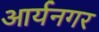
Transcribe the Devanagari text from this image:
आर्यनगर